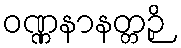
ဝဏ္ဏနာနတ္တဉှိ